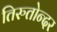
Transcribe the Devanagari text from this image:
तिरुतोन्दर